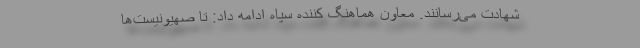
شهادت می‌رسانند. معاون هماهنگ کننده سپاه ادامه داد: تا صهیونیست‌ها